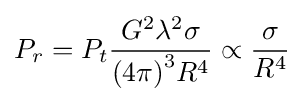
P_{r}=P_{t}{{G^{2}\lambda ^{2}\sigma } \over {{(4\pi )}^{3}R^{4}}}\propto {\frac {\sigma }{R^{4}}}